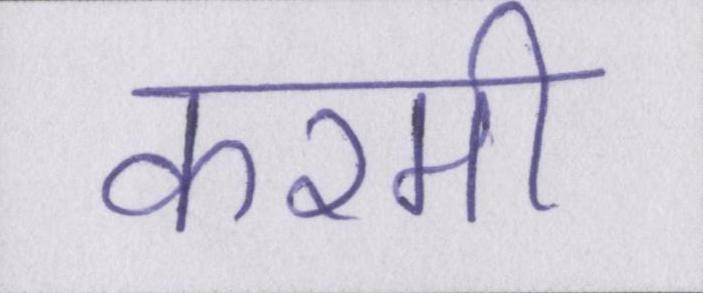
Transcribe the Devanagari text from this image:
करमी